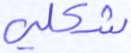
شكلي